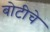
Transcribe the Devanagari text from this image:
बोटीचे